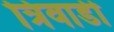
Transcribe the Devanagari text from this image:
त्रिवाडी